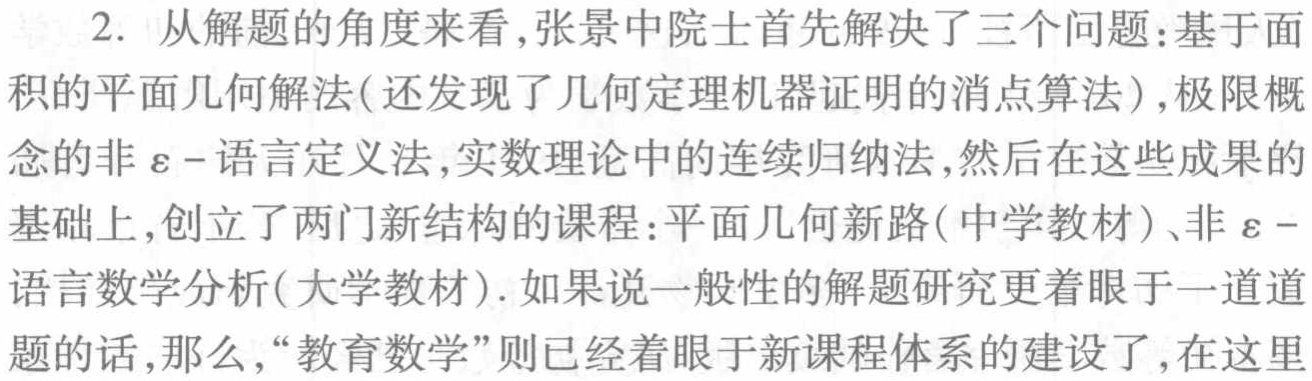
2. 从解题的角度来看,张景中院士首先解决了三个问题：基于面积的平面几何解法(还发现了几何定理机器证明的消点算法),极限概念的非\(\varepsilon -\)语言定义法,实数理论中的连续归纳法,然后在这些成果的基础上,创立了两门新结构的课程：平面几何新路(中学教材)、非\(\varepsilon -\)语言数学分析(大学教材). 如果说一般性的解题研究更着眼于一道道题的话,那么,“教育数学”则已经着眼于新课程体系的建设了,在这里